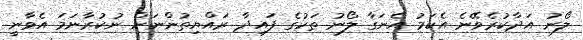
ލޯނު އަދާކުރެވޭނެ އެކަމު އެނަގާ ލޯނު ތަކުގެ ފައިދާ ރައްޔިތުންނަށް ނުކުރާނަމަ އެވާނީ